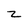
Character: z